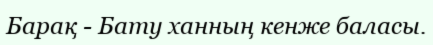
Барақ - Бату ханның кенже баласы.